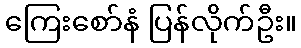
ကြေးစော်နံ ပြန်လိုက်ဦး။